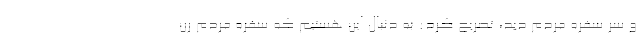
و سر سفره مردم دید، تصریح کرد: به دنبال این هستیم که سفره مردم رن